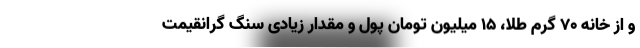
و از خانه 70 گرم طلا، 15 میلیون تومان پول و مقدار زیادی سنگ گرانقیمت